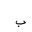
Letter: _ba